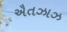
ઐતઝાઝ